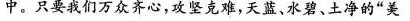
中。只要我们万众齐心，攻坚克难，天蓝、水碧、土净的”美